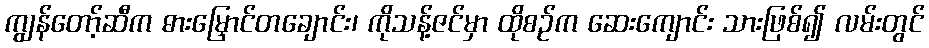
ကျွန်တော့်ဆီက ဓားမြှောင်တချောင်း၊ ကိုသန့်ဇင်မှာ ထိုစဉ်က ဆေးကျောင်း သားဖြစ်၍ လမ်းတွင်